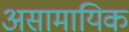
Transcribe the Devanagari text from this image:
असामायिक